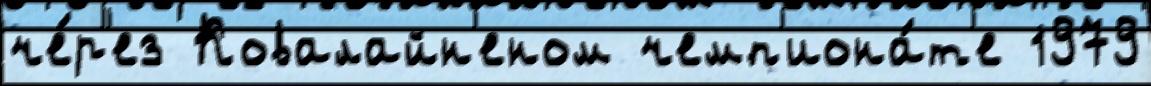
че́р'ез Ковалайн'еном чемп'иона́т'е 1979